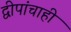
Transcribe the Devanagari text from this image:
द्वीपांचाही